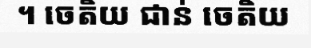
។ ចេតិយ ជាន់ ចេតិយ